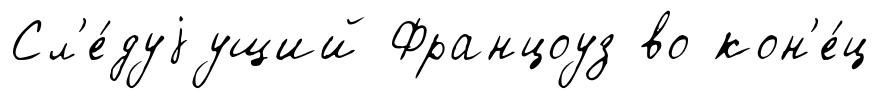
Сл'е́дуjущий Францоуз во кон'е́ц